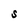
Character: S